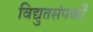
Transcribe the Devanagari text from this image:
विद्युतसंपर्कों